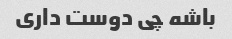
باشه چی دوست داری